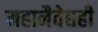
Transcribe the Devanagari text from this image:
महानैवेद्यही